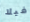
فيلا